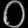
Digit: ၀